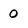
Character: 0